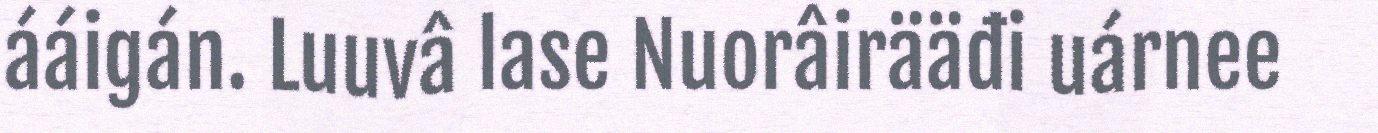
ááigán. Luuvâ lase Nuorâirääđi uárnee